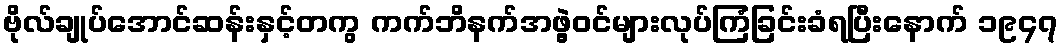
ဗိုလ်ချုပ်အောင်ဆန်းနှင့်တကွ ကက်ဘိနက်အဖွဲ့ဝင်များလုပ်ကြံခြင်းခံရပြီးနောက် ၁၉၄၇